Report on malaria in the Punjab during the year ...  together with an account of the work of the Punjab Malaria Bureau - Volume 5
Disease focus: Malaria
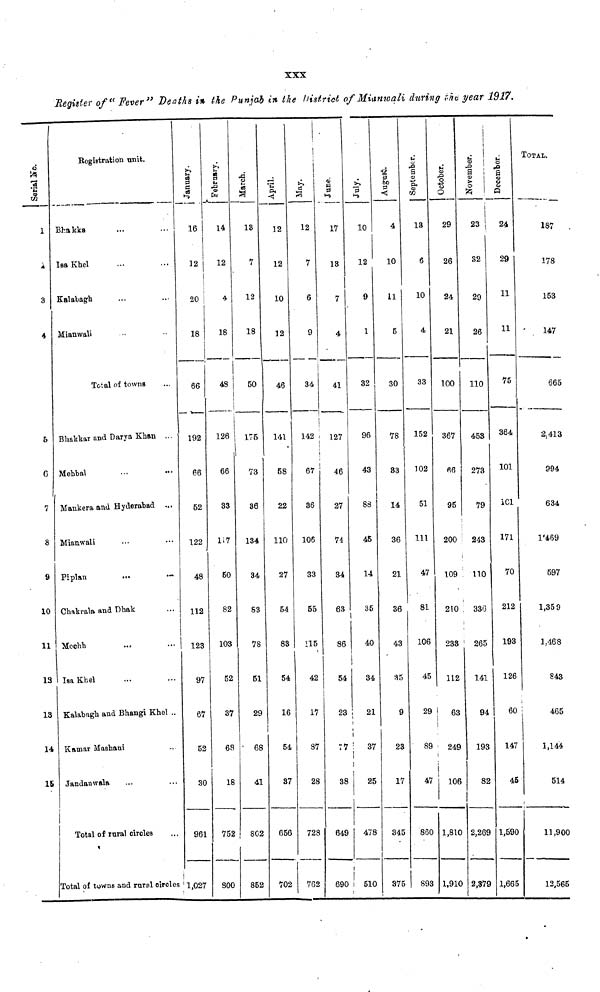
XXX
Register of" Fever" Deaths in the Punjab in the District of Mianwali during the year 1917.
6
1
4
3
4
5
C
7
8
9
10
11
13
13
14
15
Registration unit.
Bhakka
Isa Khel
Kalabagh
Mianwali
...
Total of towns
Bhakkar and Darya Khan
Mehbal
Mankera and Hyderabad
Mianwali
Piplan
Chakrala and
Mcchh
Isa Khel
...
Dhak
...
...
...
Kalabugh and Bhangi Khel ..
Kamar Mashani
Jandanwala
...
Total of rural circles
Total of towns and rural circles
January.
16
12
i
20
18
66
192
66
52
122
48
112
123
97
67
52
30
961
1,027
February.
14
12
4
18
48
126
66
33
117
50
82
103
52
37
68
18
752
800
March.
13
7
12
18
50
175
73
36
134
34
S3
78
51
29
68
41
80
852
April.
12
12
10
12
46
141
58
22
110
27
54
83
54
16
54
37
656
702
May.
12
7
6
9
i
34
142
67
36
106
33
55
115
42
17
87
28
728
762
June.
17
13
7
4
41
127
46
27
74
34
63
86
54
23
77
38
64S
690
July.
10
12
9
1
32
96
43
88
45
14
35
40
34
21
37
25
478
510
August.
4
10
11
5
30
78
33
14
36
21
36
43
35
9
23
17
345
375
September.
13
6
10
4
33
152
102
51
111
47
81
106
45
29
89
47
860
893
October.
1
29
26
24
21
100
367
66
95
200
109
210
233
112
63
249
106
1,810
1.910
November.
i
23 \
32
29
26
110
453
273
79
243
110
336
265
141
94
193
82
2,269
2,379
December.
24
29
11
75
364
101
101
171
70
212
193
126
60
147
45
1,590
1,665
TOTAL.
187
178
153
147
665
2.413
994
634
1469
597
1,35 9
1,468
843
465
1,144
514
11,900
12,565